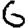
Digit: 6